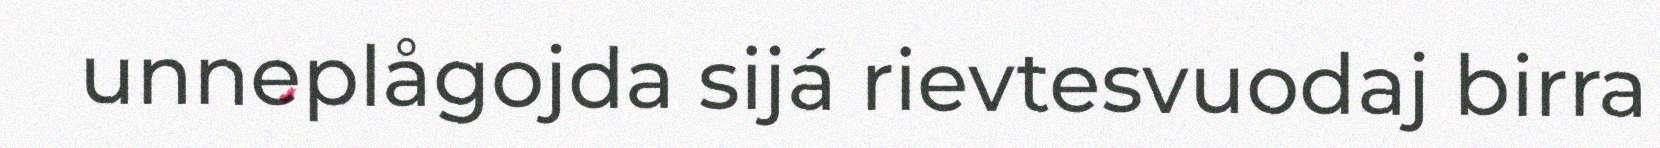
unneplågojda sijá rievtesvuodaj birra